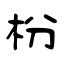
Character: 枌